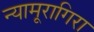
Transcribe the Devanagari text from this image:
न्यामूरागिरा